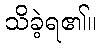
သိခဲ့ရ၏။